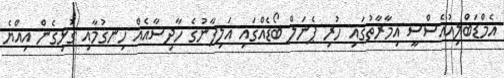
އެމްޑަބްލިއުއެސްސީ އިމާރާތުގައި ހުރި ޕެނަލް ބޯޑެއްގައި އަލިފާނުގެ ހާދިސާއެއް ހިނގުމާއި ގުޅިގެން އިއްޔެ